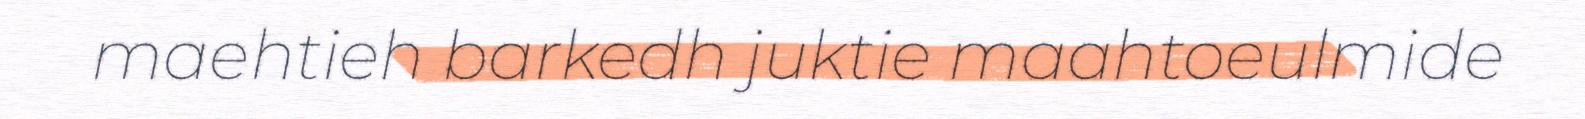
maehtieh barkedh juktie maahtoeulmide